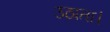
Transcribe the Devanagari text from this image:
उठाता।